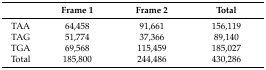
<table><thead><tr><td></td><td><b>Frame 1</b></td><td><b>Frame 2</b></td><td><b>Total</b></td></tr></thead><tbody><tr><td>TAA</td><td>64,458</td><td>91,661</td><td>156,119</td></tr><tr><td>TAG</td><td>51,774</td><td>37,366</td><td>89,140</td></tr><tr><td>TGA</td><td>69,568</td><td>115,459</td><td>185,027</td></tr><tr><td>Total</td><td>185,800</td><td>244,486</td><td>430,286</td></tr></tbody></table>